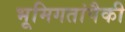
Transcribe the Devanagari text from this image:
भूमिगतांपैकी